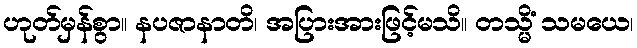
ဟုတ်မှန်စွာ။ နပဇာနာတိ၊ အပြားအားဖြင့်မသိ။ တသ္မိံ သမယေ၊